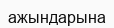
ажындарына